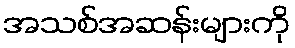
အသစ်အဆန်းများကို